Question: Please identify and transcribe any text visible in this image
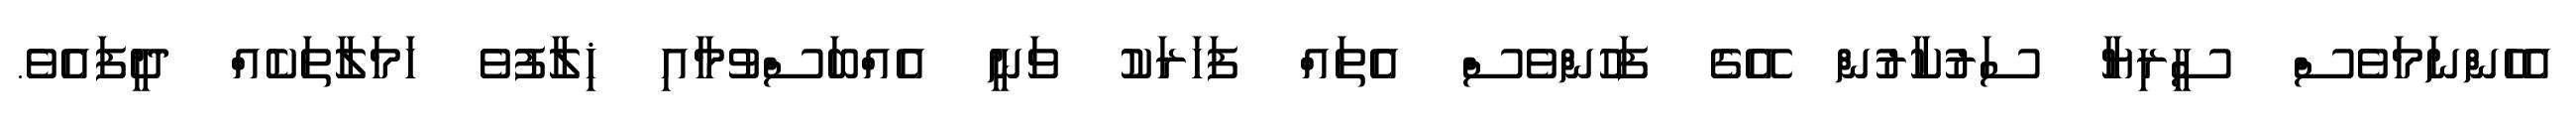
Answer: އެހެންނަމަވެސް ސީރިޔާ ސަރުކާރުން އޭގެ ފަހުންވެސް އެތައް ފަހަރަކު ވަނީ އެއްބަސްވުމާއި ޚިލާފުވެ ހަމަލާތަކެއް ދީފައެވެ.